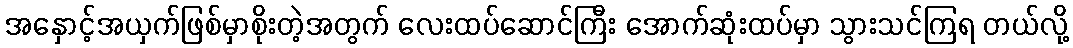
အနှောင့်အယှက်ဖြစ်မှာစိုးတဲ့အတွက် လေးထပ်ဆောင်ကြီး အောက်ဆုံးထပ်မှာ သွားသင်ကြရ တယ်လို့